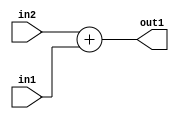
`timescale 1ps / 1ps
/*****************************************************************************
    Verilog RTL Description
    
    
    Created by: Stratus DpOpt 2019.1.01 
*******************************************************************************/

module DC_Filter_Add_12Ux8U_12U_4 (
	in2,
	in1,
	out1
	); /* architecture "behavioural" */ 
input [11:0] in2;
input [7:0] in1;
output [11:0] out1;
wire [11:0] asc001;

assign asc001 = 
	+(in2)
	+(in1);

assign out1 = asc001;
endmodule

/* CADENCE  urn2SA4= : u9/ySgnWtBlWxVPRXgAZ4Og= ** DO NOT EDIT THIS LINE ******/